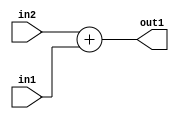
`timescale 1ps / 1ps
/*****************************************************************************
    Verilog RTL Description
    
    
    Created by: Stratus DpOpt 2019.1.01 
*******************************************************************************/

module DC_Filter_Add_12Ux8U_12U_4 (
	in2,
	in1,
	out1
	); /* architecture "behavioural" */ 
input [11:0] in2;
input [7:0] in1;
output [11:0] out1;
wire [11:0] asc001;

assign asc001 = 
	+(in2)
	+(in1);

assign out1 = asc001;
endmodule

/* CADENCE  urn2SA4= : u9/ySgnWtBlWxVPRXgAZ4Og= ** DO NOT EDIT THIS LINE ******/